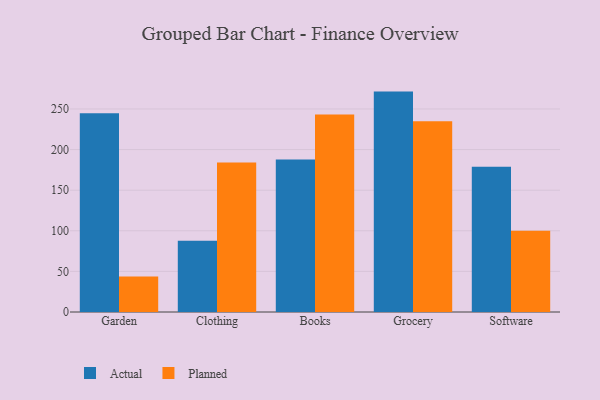
{"axis": {"x": "Category", "y": "Population (Million)"}, "legend": ["Actual", "Planned"], "data": [{"x": "Garden", "y": 244.7, "type": "Actual"}, {"x": "Garden", "y": 43.6, "type": "Planned"}, {"x": "Clothing", "y": 87.6, "type": "Actual"}, {"x": "Clothing", "y": 184.0, "type": "Planned"}, {"x": "Books", "y": 187.8, "type": "Actual"}, {"x": "Books", "y": 243.3, "type": "Planned"}, {"x": "Grocery", "y": 271.4, "type": "Actual"}, {"x": "Grocery", "y": 234.9, "type": "Planned"}, {"x": "Software", "y": 178.8, "type": "Actual"}, {"x": "Software", "y": 99.9, "type": "Planned"}]}